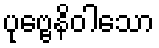
ပုဗ္ဗေနိဝါသော